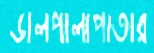
ডালপালাপাতার